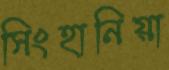
সিংহানিয়া